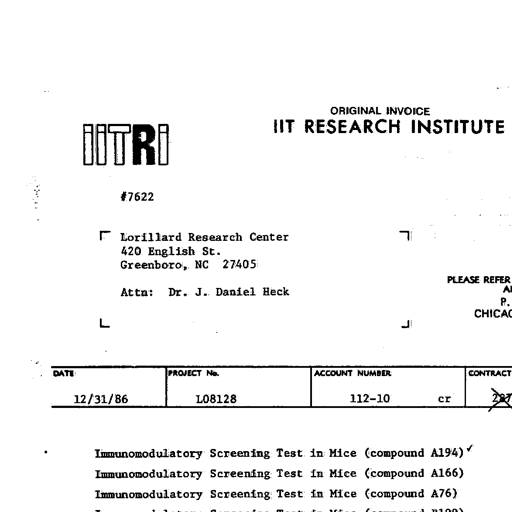
ORIGINAL INVOICE
IITRI
IIT RESEARCH INSTITUTE
#7622
Lorillard Research Center
420 English St.
Greenboro, NC 27405
Attn: Dr. J. Daniel Heck
PLEASE REFER
A
P.
CHICA
DATE
PROJECT No.
ACCOUNT NUMBER
CONTRACT
12/31/86
L08128
112-10
cr 287
Immunomodulatory Screening Test in Mice (compound A194) ✓
Immunomodulatory Screening Test in Mice (compound A166)
Immunomodulatory Screening Test in Mice (compound A76)